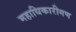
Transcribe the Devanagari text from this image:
महाधिकारीगण